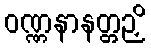
ဝဏ္ဏနာနတ္တဉှိ